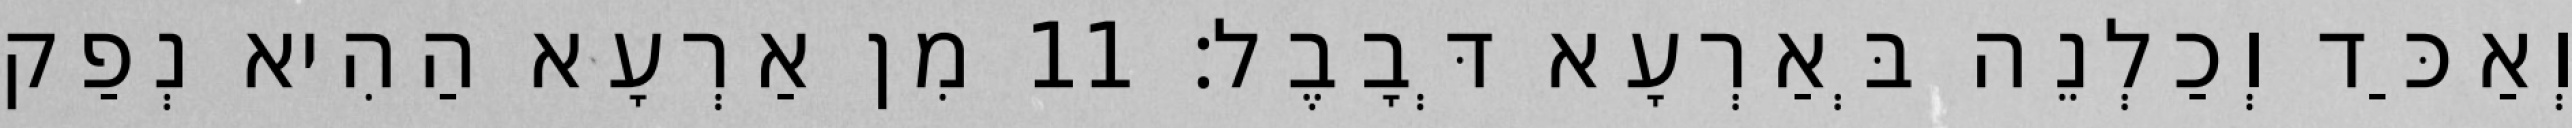
וְאַכַּד וְכַלְנֵה בְּאַרְעָא דְּבָבֶל׃ 11 מִן אַרְעָא הַהִיא נְפַק